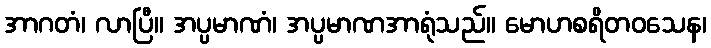
အာဂတံ၊ လာပြီ။ အပ္ပမာဏံ၊ အပ္ပမာဏအာရုံသည်။ မောဟစရိတဝသေန၊